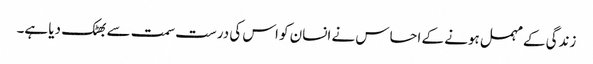
زندگی کے مہمل ہونے کے احساس نے انسان کو اس کی درست سمت سے بھٹک دیا ہے۔